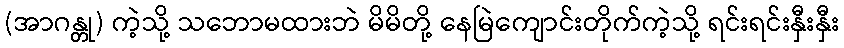
(အာဂန္တု) ကဲ့သို့ သဘောမထားဘဲ မိမိတို့ နေမြဲကျောင်းတိုက်ကဲ့သို့ ရင်းရင်းနှီးနှီး